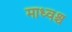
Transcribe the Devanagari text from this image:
माध्वश्च